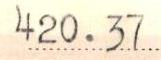
420.37